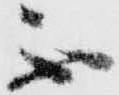
不